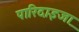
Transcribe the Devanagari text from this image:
पारिदाइजा़